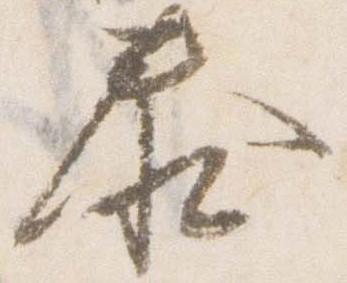
泰